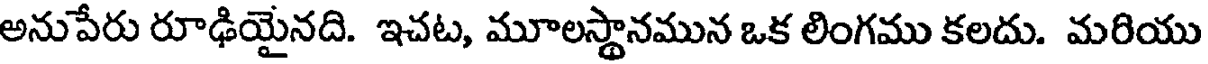
అనుపేరు రూఢియైనది. ఇచట, మూలస్థానమున ఒక లింగము కలదు. మరియు